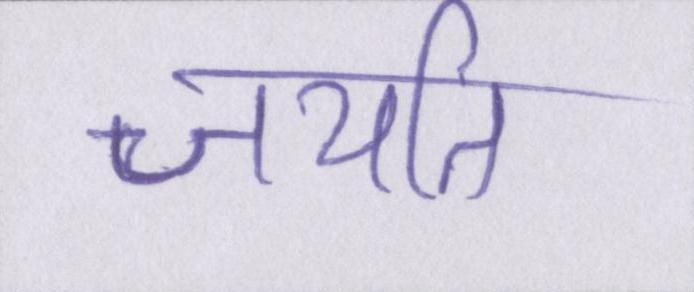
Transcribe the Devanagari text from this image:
जयति